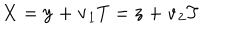
LaTeX: { \bf X } = { \bf y } + { \bf v } _ { 1 } T = { \bf z } + { \bf v } _ { 2 } T